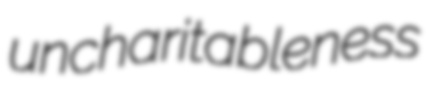
uncharitableness